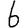
Digit: 6